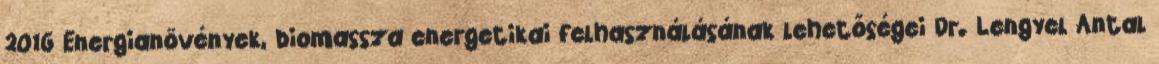
2016 Energianövények, biomassza energetikai felhasználásának lehetőségei Dr. Lengyel Antal